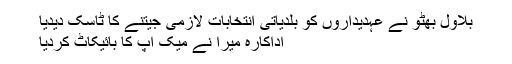
بلاول بھٹو نے عہدیداروں کو بلدیاتی انتخابات لازمی جیتنے کا ٹاسک دیدیا
اداکارہ میرا نے میک اپ کا بائیکاٹ کردیا